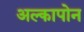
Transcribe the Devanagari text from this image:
अल्कापोन